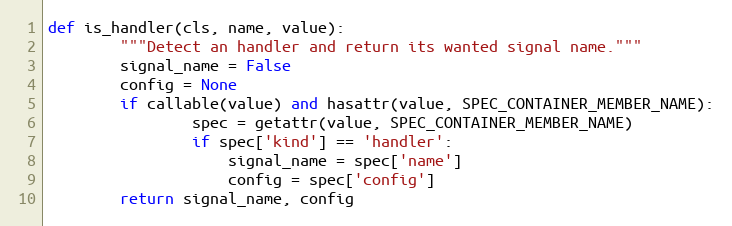
Language: Python
def is_handler(cls, name, value):
        """Detect an handler and return its wanted signal name."""
        signal_name = False
        config = None
        if callable(value) and hasattr(value, SPEC_CONTAINER_MEMBER_NAME):
                spec = getattr(value, SPEC_CONTAINER_MEMBER_NAME)
                if spec['kind'] == 'handler':
                    signal_name = spec['name']
                    config = spec['config']
        return signal_name, config